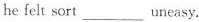
he felt sort ___ uneasy.